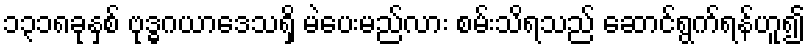
၁၃၁၈ခုနှစ် ဗုဒ္ဓဂယာဒေသရှိ မဲပေးမည်လား စမ်းသိရသည် ဆောင်ရွက်ရန်ဟူ၍